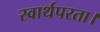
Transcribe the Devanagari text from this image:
स्वार्थपरता।